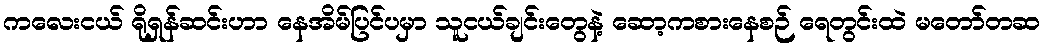
ကလေးငယ် ရိုရှန်ဆင်းဟာ နေအိမ်ပြင်ပမှာ သူငယ်ချင်းတွေနဲ့ ဆော့ကစားနေစဉ် ရေတွင်းထဲ မတော်တဆ